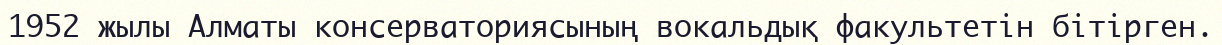
1952 жылы Алматы консерваториясының вокальдық факультетін бітірген.